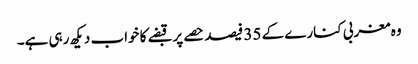
وہ مغربی کنارے کے 35 فیصد حصے پر قبضے کا خواب دیکھ رہی ہے۔